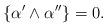
LaTeX: \begin{align*} \{ \alpha^{\prime} \wedge \alpha^{\prime \prime}\} =0. \end{align*}